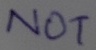
Text: NOT